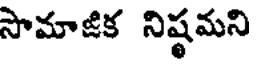
సామాజిక నిష్టమని